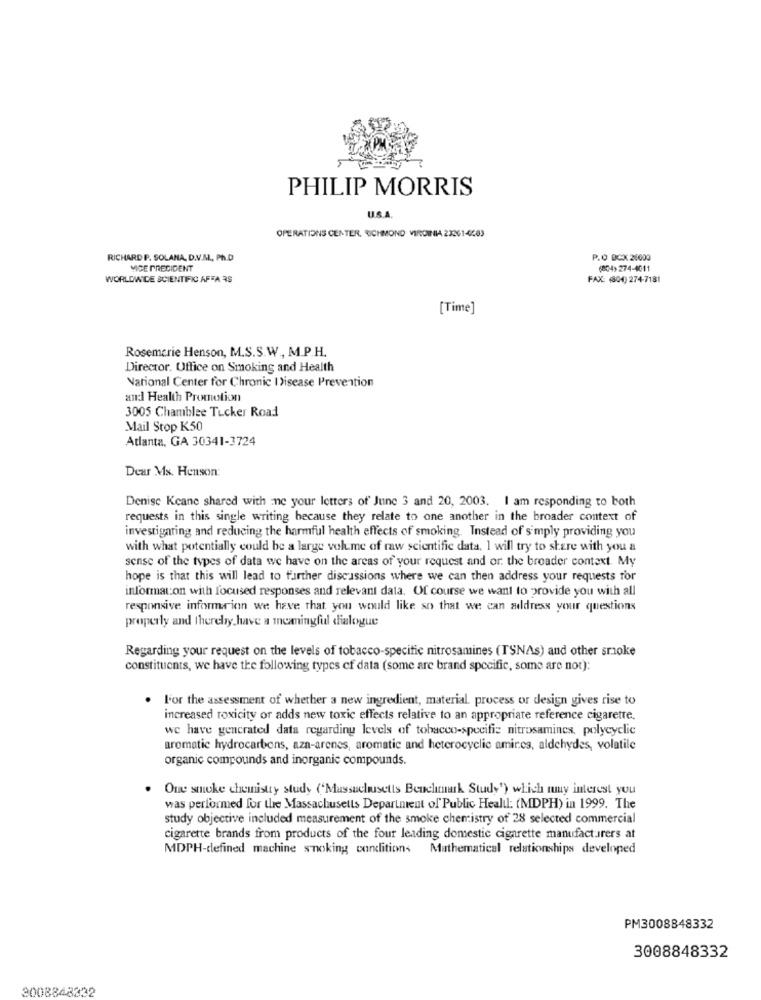
PHILIP MORRIS
USA
OPERATIONS CENTER, RICHMOND VIRGINIA 23261-4503
RICHARD P. SOLANA, D.V.M ., Ph.D
P.O DCX 26000
VICE PRESIDENT
(804)274-4011
WORLDWIDE SCIENTIFIC AFFA 3S
FAX: (804) 274-7181
[Time]
Rosemarie Henson, M.S.S.W ., M.P.H.
Director. Office on Smoking and Health
National Center for Chronic Disease Prevention
and Health Promotion
3005 Chamblee Tucker Road
Mail Stop K50
Atlanta, GA 30341-3724
Dear Ms. Henson:
Denise Keane shared with me your letters of' June 3 and 20, 2003. I am responding to both
requests in this single writing because they relate to one another in the broader context of
investigaring and reducing the harmful health effects of smoking. Instead of simply providing you
with what potentially could be a large volume of raw scientific data. I will try to share with you a
sense of the types of data we have on the areas of your request and or. the broader context. My
hope is that this will lead to further discussions where we can then address your requests for
information with focused responses and relevant data. Of course we want to provide you with all
responsive informrian we have that you would like so that we can address your questions
properly and thereby have a meaningful dialogue
Regarding your request on the levels of tobacco-specific nitrosamines (TSNAs) and other smoke
constituents, we have the following types of data (some are brand specific, some are not):
. l'or the assessment of whether a new ingredient, material process or design gives rise to
increased toxicity or adds new toxic effects relative to an appropriate reference cigarette.
we have gencrated data regarding levels of tobacco-specific nitrosamines, polycyclic
aromatic hydrocarbons, azn-arenes, aromatic and heterocyclic amires, aldehydes, volatile
organic compounds and inorganic compounds.
One smoke chemistry study ('Massachusetts Benchmark Study') which muy interest you
was performed for the Massachusetts Department of Public Health: (MDPH) in 1999. The
study objective included measurement of the smoke chemistry of 28 selected commercial
cigarette brands from products of the four leading domestic cigarette manufacturers at
MDPH-defined machine smoking conditions Mathematical relationships developed
PM3008848332
3008848332
3008848332